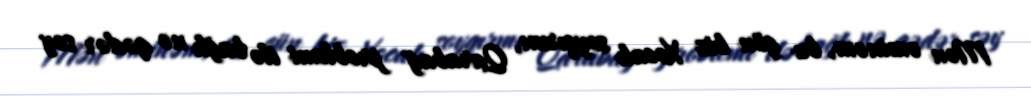
Mən əminəm, bu gün biz Xocalı soyqırmı, Qarabağ problemi ilə bağlı nə qədər səy